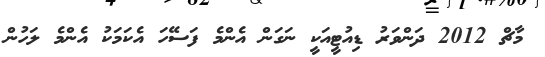
މާޗް 2012 ދަންވަރު ޑިއުޓީއަކީ ނަގަން އެންމެ ފަސޭހަ އެކަމަކު އެންމެ ލަހުން